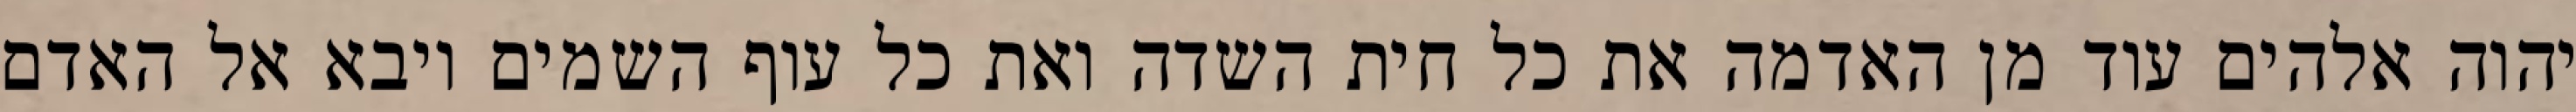
יהוה אלהים עוד מן האדמה את כל חית השדה ואת כל עוף השמים ויבא אל האדם